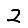
Digit: 2